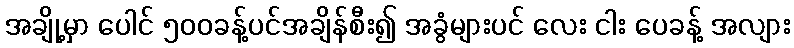
အချို့မှာ ပေါင် ၅၀၀ခန့်ပင်အချိန်စီး၍ အခွံများပင် လေး ငါး ပေခန့် အလျား